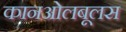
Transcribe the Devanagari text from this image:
कानओलबूलस